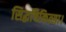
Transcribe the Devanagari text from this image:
सिद्धचिकित्सा।